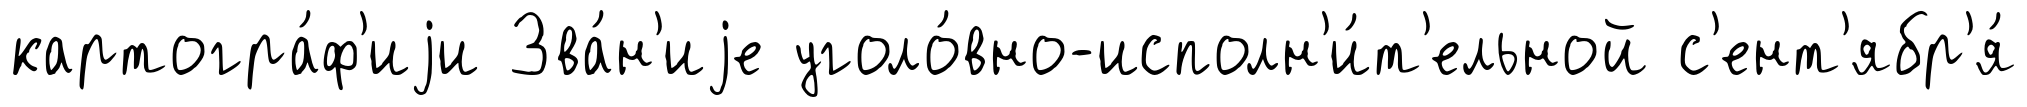
картогра́ф'иjи Зва́н'иjе уголо́вно-исполн'и́т'ельной с'ент'ябр'я́